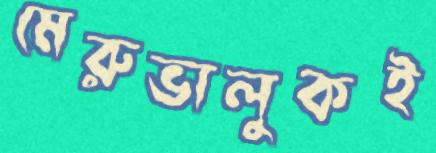
মেরুভালুকই